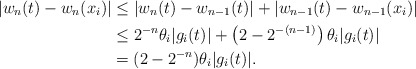
\begin{align*} |w_n (t) - w_n (x_i)| & \leq |w_n (t) - w_{n-1}(t)| + |w_{n-1}(t) - w_{n-1}(x_i)| \\& \leq 2^{-n} \theta_i |g_i (t)| + \left( 2- 2^{-(n-1)}\right)\theta_i |g_i(t)| \\& = (2- 2^{-n})\theta_i |g_i (t)|.\end{align*}